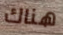
هناك